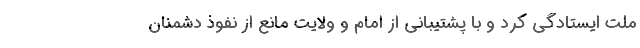
ملت ایستادگی کرد و با پشتیبانی از امام و ولایت مانع از نفوذ دشمنان